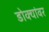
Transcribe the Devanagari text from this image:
डोक्यांवर